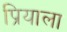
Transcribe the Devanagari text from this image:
प्रियाला